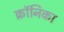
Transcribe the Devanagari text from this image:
क्रॉनिका